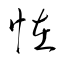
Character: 恠